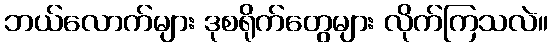
ဘယ်လောက်များ ဒုစရိုက်တွေများ လိုက်ကြသလဲ။